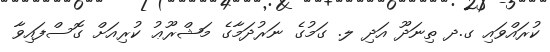
ކުރައްވައި ގ.ދ ތިނަދޫ އަދި ލ. ގަމުގެ ނަރުދަމާގެ މަޝްރޫޢު ކުރިއަށް ގޮސްފައިވާ